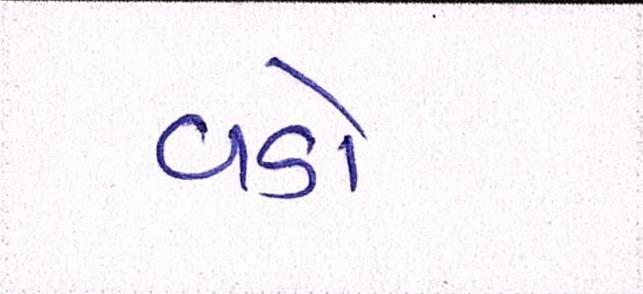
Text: વડો